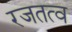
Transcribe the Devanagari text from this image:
रजतत्व